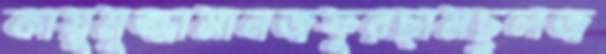
কায়ুমুজ্জামানজফুরছামছুলজ